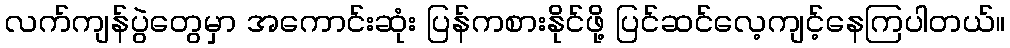
လက်ကျန်ပွဲတွေမှာ အကောင်းဆုံး ပြန်ကစားနိုင်ဖို့ ပြင်ဆင်လေ့ကျင့်နေကြပါတယ်။